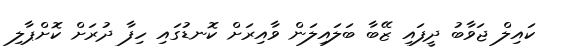
ކައިލް ޖަވާބު ދީފައި ޒޭބާ ބަލައިލަން ވާއިރަށް ކޮނޑުގައި ހިފާ ދުރަށް ކޮށްޕާލި